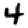
Digit: 4